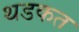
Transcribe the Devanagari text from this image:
थडकत